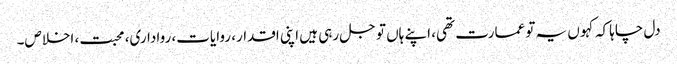
دل چاہا کہ کہو ں یہ تو عمارت تھی، اپنے ہاں تو جل رہی ہیں اپنی اقدار، روایات، رواداری، محبت، اخلاص۔